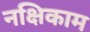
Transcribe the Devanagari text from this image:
नक्षिकाम